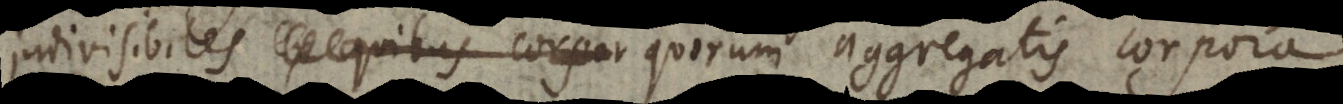
indivisibiles quibus corpor quarum aggregatis corpora